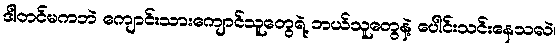
ဒါတင်မကဘဲ ကျောင်းသားကျောင်သူတွေရဲ့ ဘယ်သူတွေနဲ့ ပေါင်းသင်းနေသလဲ၊